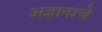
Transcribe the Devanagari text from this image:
अज्ञानाचे